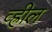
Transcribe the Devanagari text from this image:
व्ह्रील